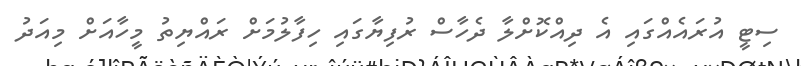
ސިޓީ އުރައެއްގައި އެ ދިއްކޮށްލާ ދެހާސް ރުފިޔާގައި ހިފާލުމަށް ރައްޔިތު މީހާއަށް މިއަދު